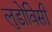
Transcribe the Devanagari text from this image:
लुडोविसी